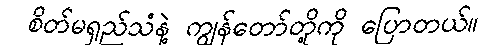
စိတ်မရှည်သံနဲ့ ကျွန်တော်တို့ကို ပြောတယ်။